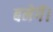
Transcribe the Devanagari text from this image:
बनेगें।